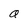
Character: a